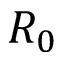
R _ { 0 }